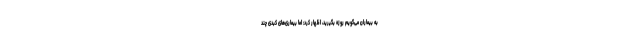
به بیماران می‌گویم روزه بگیرید، اظهار کرد: اما بیماری‌های کبدی چند